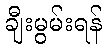
ချီးမွမ်းရန်